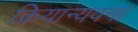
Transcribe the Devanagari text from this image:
क्रियान्यवन।